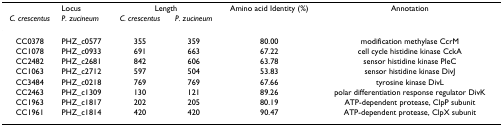
|  | Locus | <COLSPAN=2> Length | Amino acid Identity (%) | Annotation |
 | C. crescentus | P. zucineum | C. crescentus | P. zucineum |  |  |
 | --- | --- | --- | --- | --- | --- |
 | CC0378 | PHZ_c0577 | 355 | 359 | 80.00 | modification methylase CcrM |
 | CC1078 | PHZ_c0933 | 691 | 663 | 67.22 | cell cycle histidine kinase CckA |
 | CC2482 | PHZ_c2681 | 842 | 606 | 63.78 | sensor histidine kinase PleC |
 | CC1063 | PHZ_c2712 | 597 | 504 | 53.83 | sensor histidine kinase DivJ |
 | CC3484 | PHZ_c0218 | 769 | 769 | 67.66 | tyrosine kinase DivL |
 | CC2463 | PHZ_c1309 | 130 | 121 | 89.26 | polar differentiation response regulator DivK |
 | CC1963 | PHZ_c1817 | 202 | 205 | 80.19 | ATP-dependent protease, ClpP subunit |
 | CC1961 | PHZ_c1814 | 420 | 420 | 90.47 | ATP-dependent protease, ClpX subunit |